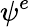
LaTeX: \psi^{e}